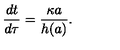
{ \frac { d t } { d \tau } } = { \frac { \kappa a } { h ( a ) } } .